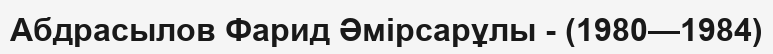
Абдрасылов Фарид Әмірсарұлы - (1980—1984)